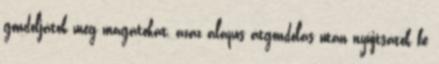
gondoljátok meg magatokat, azaz alapos átgondolás után nyújtsátok be